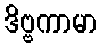
ဒိဗ္ဗကာမာ